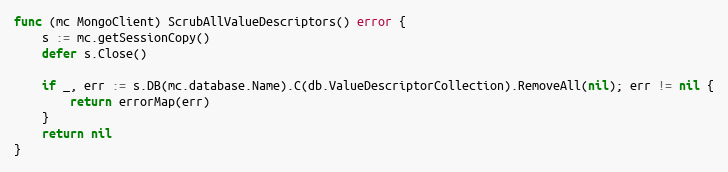
Language: Go
func (mc MongoClient) ScrubAllValueDescriptors() error {
	s := mc.getSessionCopy()
	defer s.Close()

	if _, err := s.DB(mc.database.Name).C(db.ValueDescriptorCollection).RemoveAll(nil); err != nil {
		return errorMap(err)
	}
	return nil
}